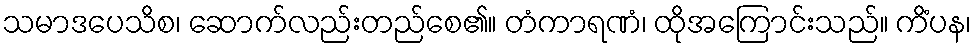
သမာဒပေသိစ၊ ဆောက်လည်းတည်စေ၏။ တံကာရဏံ၊ ထိုအကြောင်းသည်။ ကိံပန၊